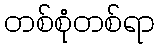
တစ်စုံတစ်ရာ